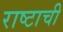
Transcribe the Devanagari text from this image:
राष्टाची